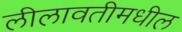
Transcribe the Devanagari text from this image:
लीलावतीमधील